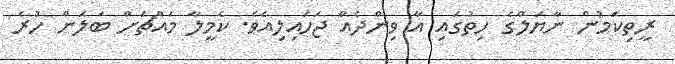
ރީތިކަމުން ނާޔަލްގެ ހިތުގައި އާ ވިންދެއް ޖަހައިލިއެވެ. ކެމީލާ މައްޗަށް ބަލަން ހުރެ